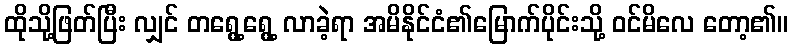
ထိုသို့ဖြတ်ပြီး လျှင် တရွေ့ရွေ့ လာခဲ့ရာ အမိနိုင်ငံ၏မြောက်ပိုင်းသို့ ဝင်မိလေ တော့၏။